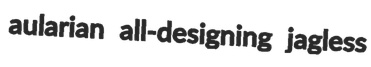
aularian all-designing jagless